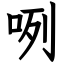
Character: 咧